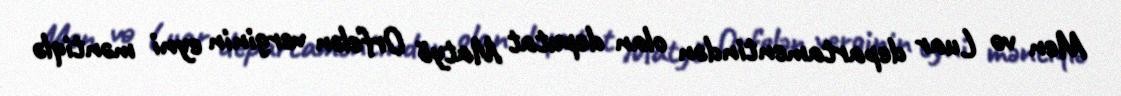
Men və Luar departamentindən olan deputat Matyö Orfelən verginin eyni məntiqlə